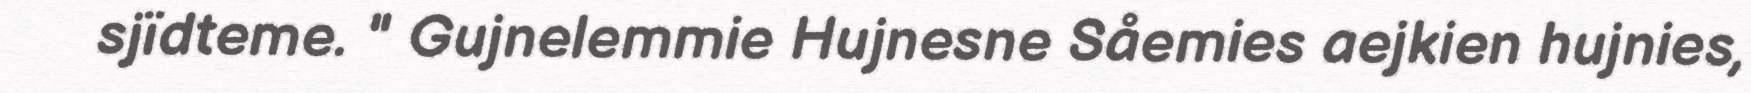
sjïdteme. " Gujnelemmie Hujnesne Såemies aejkien hujnies,